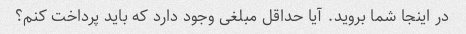
در اینجا شما بروید. آیا حداقل مبلغی وجود دارد که باید پرداخت کنم؟